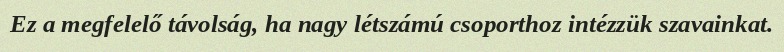
Ez a megfelelő távolság, ha nagy létszámú csoporthoz intézzük szavainkat.